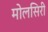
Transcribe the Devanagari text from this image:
मोलसिरी